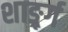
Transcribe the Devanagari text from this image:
शार्ङ्र्ग